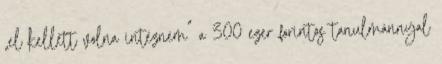
„el kellett volna intéznem” a 300 ezer forintos tanulmánnyal